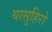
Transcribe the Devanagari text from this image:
यासुहिरो